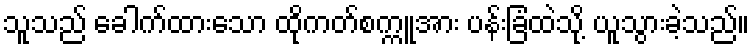
သူသည် ခေါက်ထားသော ထိုကတ်စက္ကူအား ပန်းခြံထဲသို့ ယူသွားခဲ့သည်။